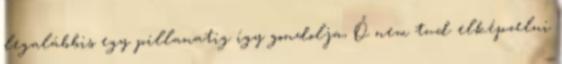
legalábbis egy pillanatig így gondolja, Ő nem tud elképzelni